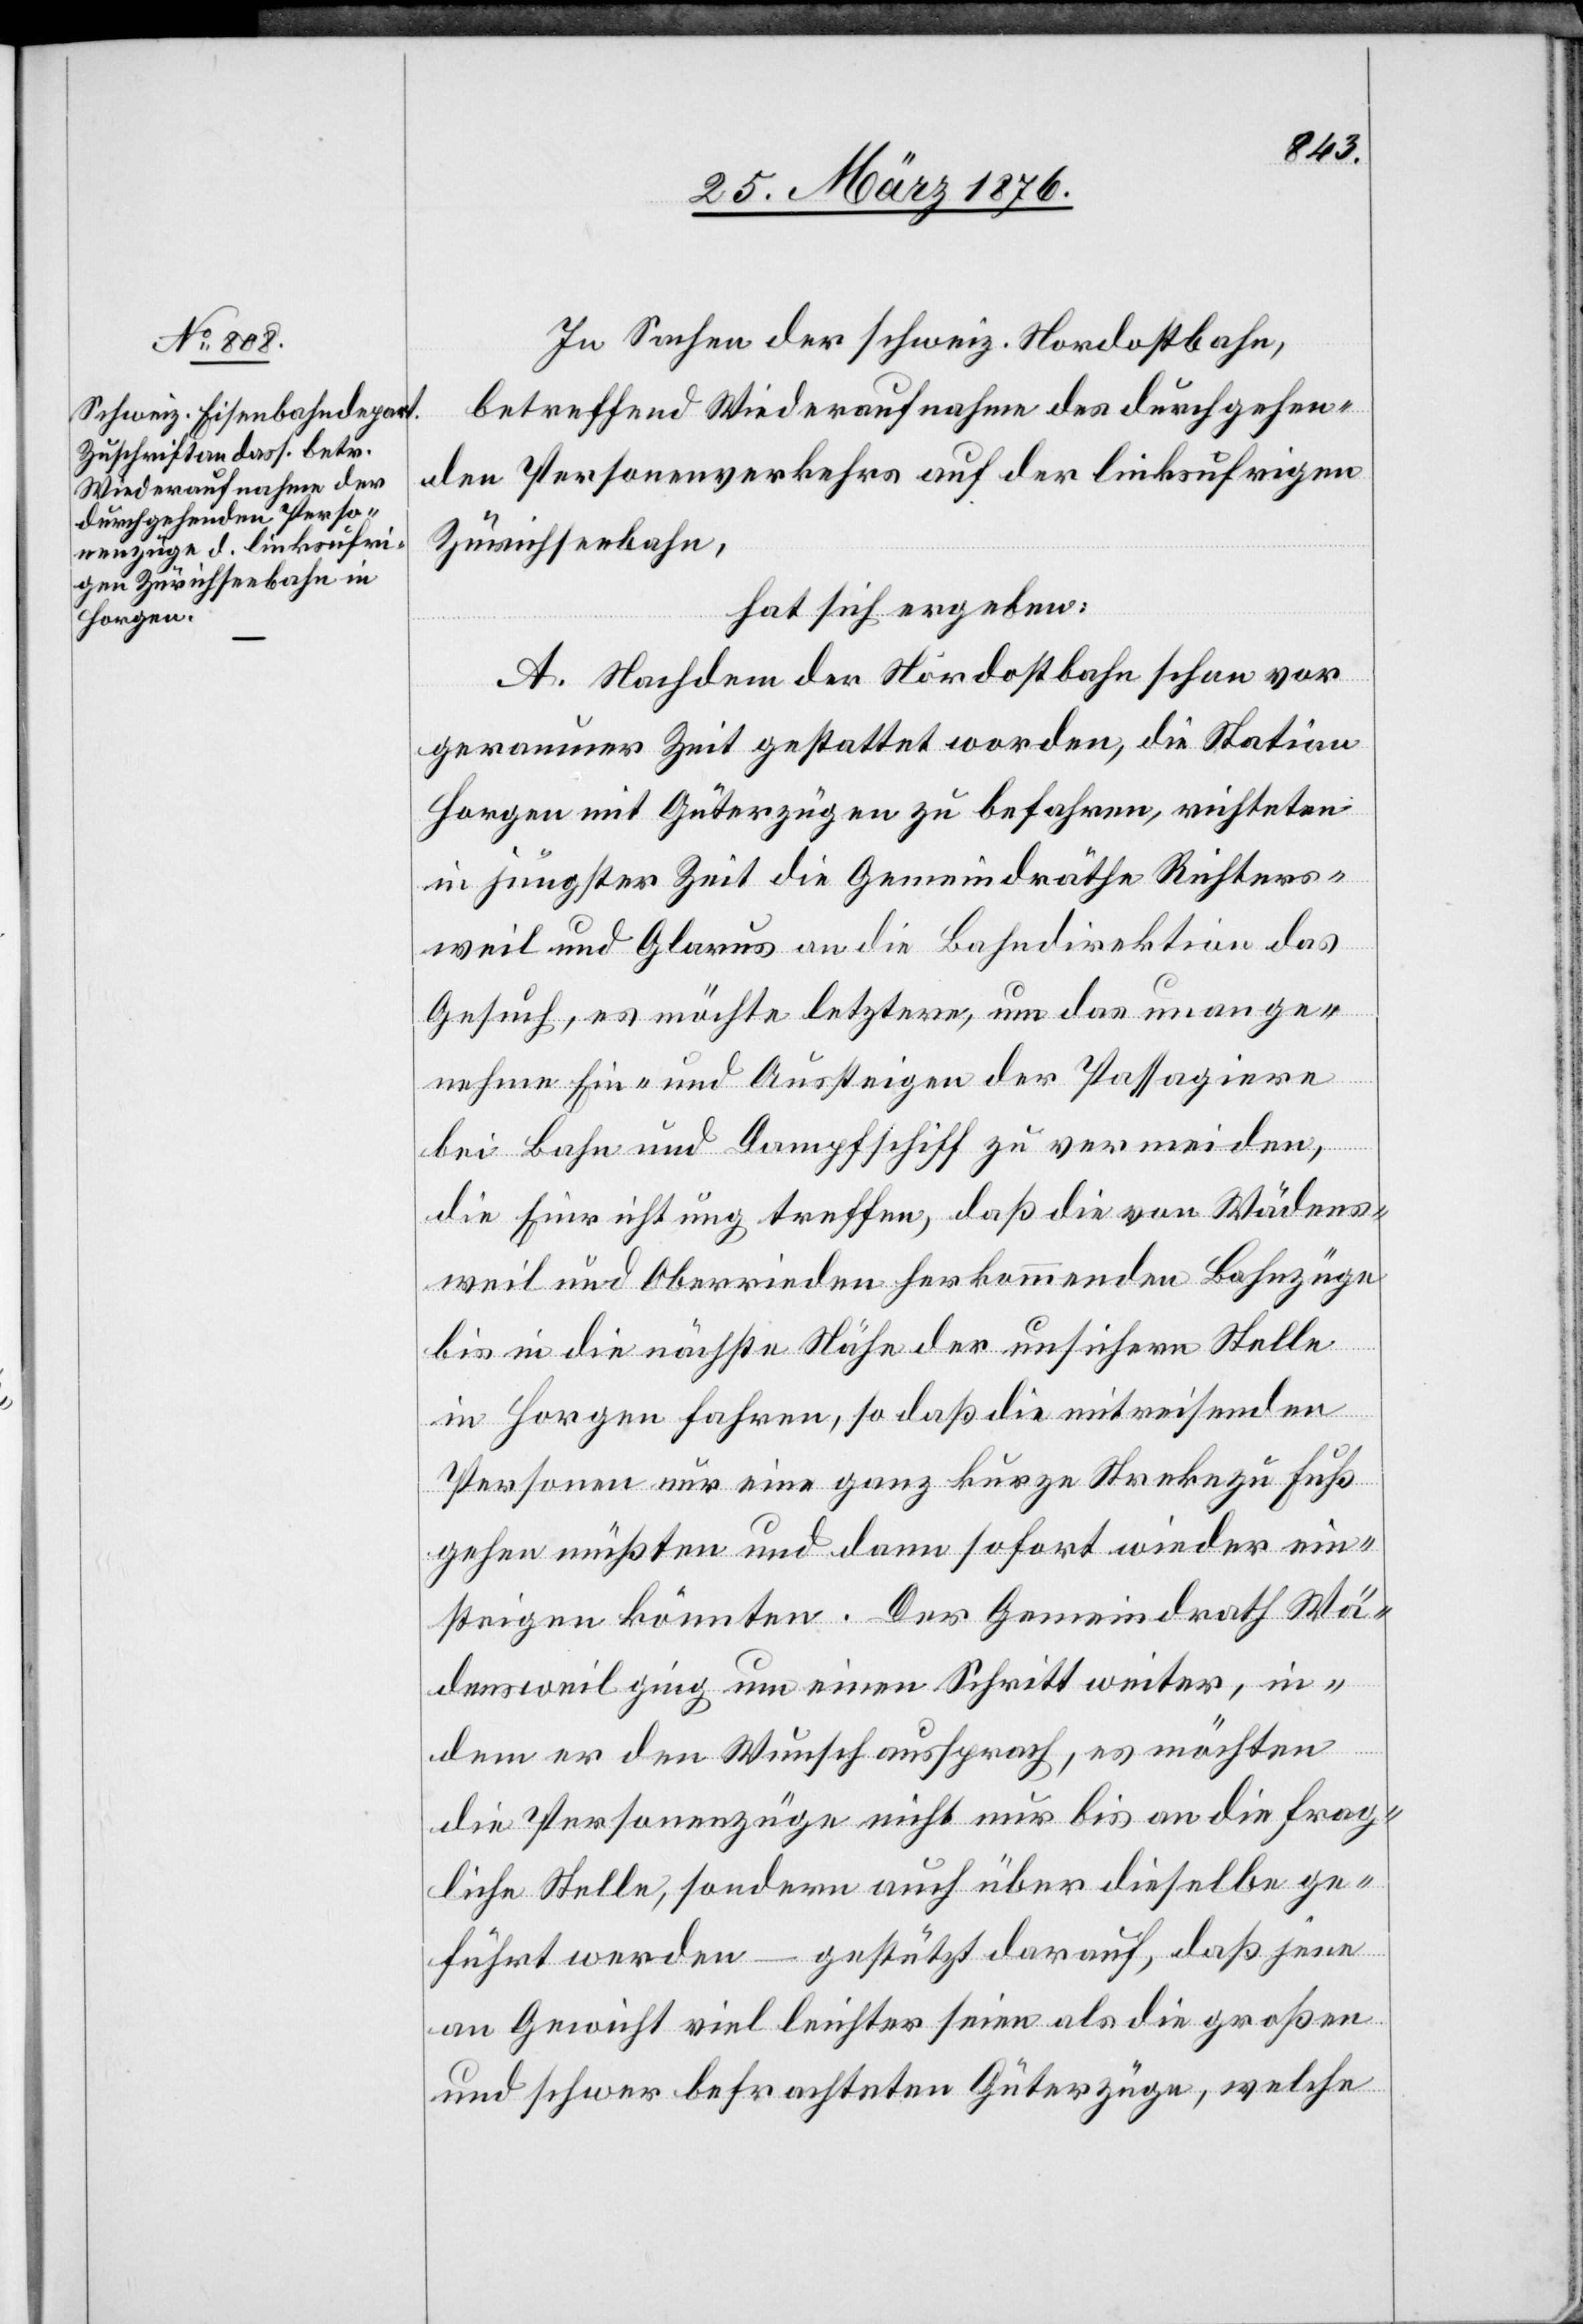
In Sachen der schweiz. Nordostbahn,
betreffend Wiederaufnahme des durchgehen¬
den Personenverkehrs auf der linksufrigen
Zürichseebahn,
hat sich ergeben:
A. Nachdem der Nordostbahn schon vor
geraumer Zeit gestattet worden, die Station
Horgen mit Güterzügen zu befahren, richteten
in jüngster Zeit die Gemeindräthe Richters¬
weil und Glarus an die Bahndirektion das
Gesuch, es möchte letztere, um das unange¬
nehme Ein- und Aussteigen der Passagiere
bei Bahn und Dampfschiff zu vermeiden,
die Einrichtung treffen, daß die von Wädens¬
weil und Oberrieden herkommenden Bahnzüge
bis in die nächste Nähe der unsichern Stelle
in Horgen fahren, so daß die mitreisenden
Personen nur eine ganz kurze Strecke zu Fuß
gehen müßten und dann sofort wieder ein¬
steigen könnten. Der Gemeindrath Wä¬
densweil ging um einen Schritt weiter, in¬
dem er den Wunsch aussprach, es möchten
die Personenzüge nicht nur bis an die frag¬
liche Stelle, sondern auch über dieselbe ge¬
führt werden – gestützt darauf, daß jene
an Gewicht viel leichter seien als die großen
und schwer befrachteten Güterzüge, welche